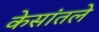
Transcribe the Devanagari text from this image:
केसांतले